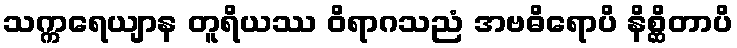
သက္ကရေယျာန တူရိယဿ ဝိရာဂသညံ အဗဓိရောပိ နိစ္ဆိတာပိ